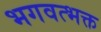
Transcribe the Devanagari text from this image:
भगवत्भक्त